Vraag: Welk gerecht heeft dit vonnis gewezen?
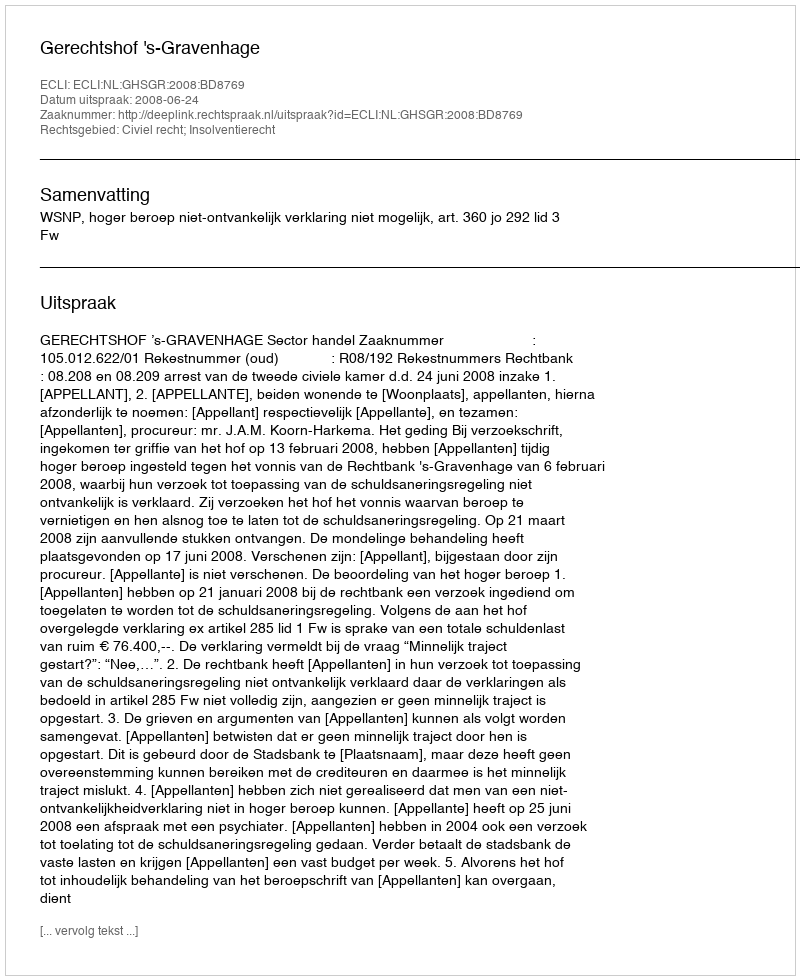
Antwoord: Gerechtshof 's-Gravenhage